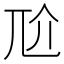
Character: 𡯓